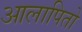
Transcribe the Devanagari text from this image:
आलापितो